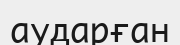
аударған